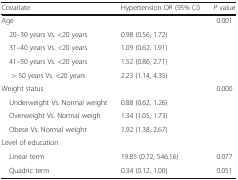
<table><thead><tr><td><b>Covariate</b></td><td><b>Hypertension OR (95% CI)</b></td><td><b><i>P</i> value</b></td></tr></thead><tbody><tr><td colspan="2">Age</td><td rowspan="5">0.001</td></tr><tr><td> 20–30 years Vs. &lt;20 years</td><td>0.98 (0.56, 1.72)</td></tr><tr><td> 31–40 years Vs. &lt;20 years</td><td>1.09 (0.62, 1.91)</td></tr><tr><td> 41–50 years Vs. &lt;20 years</td><td>1.52 (0.86, 2.71)</td></tr><tr><td>&gt; 50 years Vs. &lt;20 years</td><td>2.23 (1.14, 4.35)</td></tr><tr><td colspan="2">Weight status</td><td rowspan="4">0.000</td></tr><tr><td> Underweight Vs. Normal weight</td><td>0.88 (0.62, 1.26)</td></tr><tr><td> Overweight Vs. Normal weigh</td><td>1.34 (1.05, 1.73)</td></tr><tr><td> Obese Vs. Normal weight</td><td>1.92 (1.38, 2.67)</td></tr><tr><td colspan="2">Level of education</td><td></td></tr><tr><td> Linear term</td><td>19.85 (0.72, 546.16)</td><td>0.077</td></tr><tr><td> Quadric term</td><td>0.34 (0.12, 1.00)</td><td>0.051</td></tr></tbody></table>